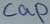
Text: cap